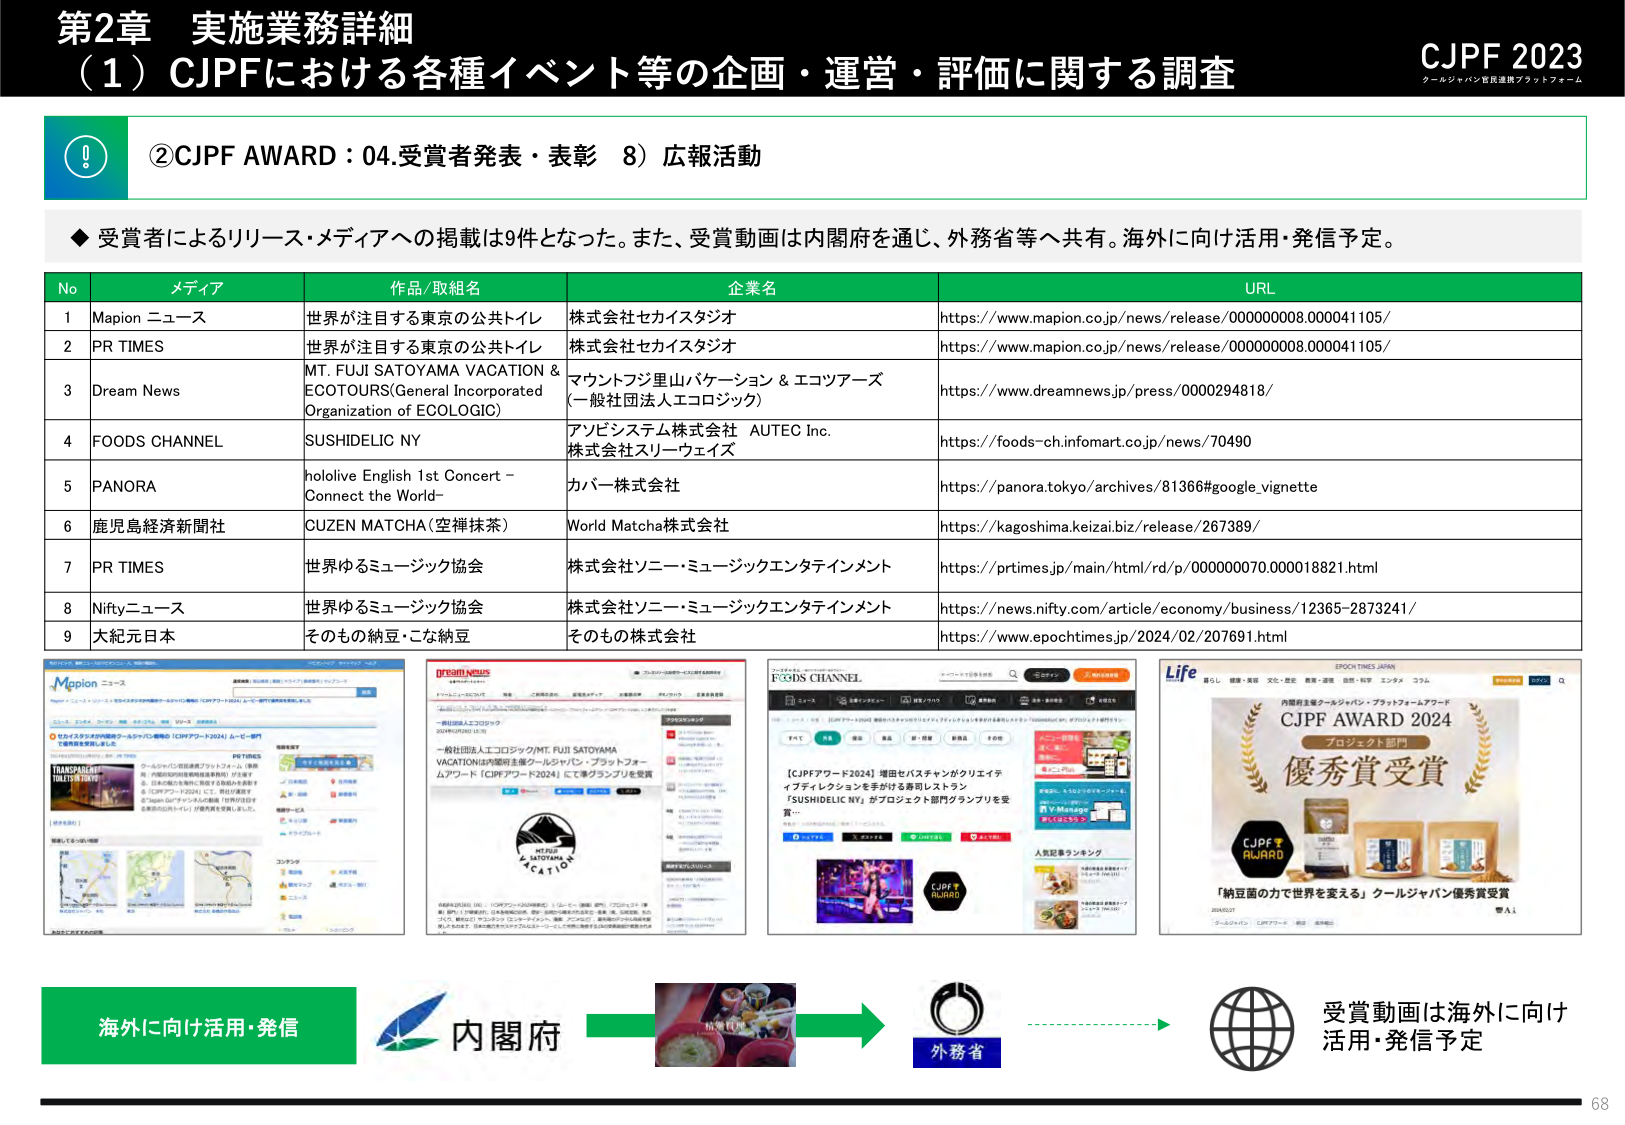
第2章 実施業務詳細
（1）CJPFにおける各種イベント等の企画・運営・評価に関する調査
CJPF 2023
クールジャパン官民連携プラットフォーム

②CJPF AWARD：04.受賞者発表・表彰 8）広報活動

◆ 受賞者によるリリース・メディアへの掲載は9件となった。また、受賞動画は内閣府を通じ、外務省等へ共有。海外に向け活用・発信予定。

No メディア 作品/取組名 企業名 URL
1 Mapion ニュース 世界が注目する東京の公共トイレ 株式会社セイカスタジオ https://www.mapion.co.jp/news/release/00000008.000041105/
2 PR TIMES 世界が注目する東京の公共トイレ 株式会社セイカスタジオ https://www.mapion.co.jp/news/release/00000008.000041105/
3 Dream News MT. FUJI SATOYAMA VACATION & ECOTOURS(General Incorporated Organization of ECOLOGIC) マウントフジ里山バケーション & エコツアーズ （一般社団法人エコロジック） https://www.dreamnews.jp/press/0000294818/
4 FOODS CHANNEL SUSHIDELIC NY アンビシステム株式会社 AUTEC Inc. 株式会社スリーウェイズ https://foods-ch.infomart.co.jp/news/70490
5 PANORA hololive English 1st Concert – Connect the World– カバー株式会社 https://panora.tokyo/archives/81366#google_vignette
6 鹿児島経済新聞社 CUZEN MATCHA（空禅抹茶） World Matcha株式会社 https://kagoshima.keizai.biz/release/267389/
7 PR TIMES 世界ゆるミュージック協会 株式会社ソニー・ミュージックエンタテインメント https://prtimes.jp/main/html/rd/p/000000070.000018821.html
8 Niftyニュース 世界ゆるミュージック協会 株式会社ソニー・ミュージックエンタテインメント https://news.nifty.com/article/economy/business/12365-2873241/
9 大紀元日本 そのもの納豆・こな納豆 そのもの株式会社 https://www.epochtimes.jp/2024/02/207691.html

（以下、スクリーンショットのテキスト）
Mapion ニュース
世界が注目する東京の公共トイレ
【CJPFアワード2024】ムービー部門で優秀賞を受賞しました。
TRANSPARENT TOILETS IN TOKYO
（以下、地図やリンク等のテキストは部分的に読み取れないが、主な見出しは上記）

dreamnews
一般社団法人エコロジック(MT. FUJI SATOYAMA VACATION)は内閣府主催クールジャパン・プラットフォームアワード【CJPFアワード2024】にて準グランプリを受賞
（以下、詳細テキストは部分的に読み取れないが、主な見出しは上記）

FOODS CHANNEL
【CJPFアワード2024】増田セバスチャンがクリエイティブディレクションを手がける幕間レストラン「SUSHIDELIC NY」がプロジェクト部門グランプリを受賞…
（以下、詳細テキストは部分的に読み取れないが、主な見出しは上記）

Life
EPOCH TIMES JAPAN
内閣府主催クールジャパン・プラットフォームアワード
CJPF AWARD 2024
プロジェクト部門
優秀賞受賞
「納豆菌の力で世界を変える」クールジャパン優秀賞受賞
（以下、詳細テキストは部分的に読み取れないが、主な見出しは上記）

海外に向け活用・発信
内閣府
外務省
受賞動画は海外に向け活用・発信予定

68